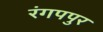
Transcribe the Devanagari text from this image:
रंगपपुर